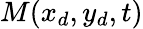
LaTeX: M(x_{d},y_{d},t)